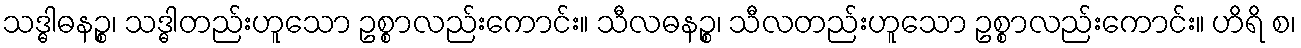
သဒ္ဓါဓနဉ္စ၊ သဒ္ဓါတည်းဟူသော ဥစ္စာလည်းကောင်း။ သီလဓနဉ္စ၊ သီလတည်းဟူသော ဥစ္စာလည်းကောင်း။ ဟိရိ စ၊